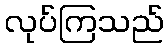
လုပ်ကြသည်